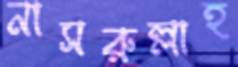
নাসরুল্লাহ